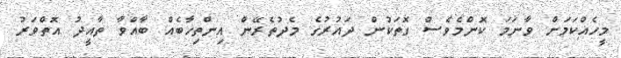
މީހެއްކަމަށް ވާނަމަ ކޮންމެވެސް ގޮތަކުން ދައުރުގެ މެދުތެރޭން އިންތިޚާބެއް ބާއްވާ ތާއީދު އޮތްވަރު